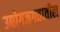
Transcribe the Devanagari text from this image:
उद्योगजगतातील